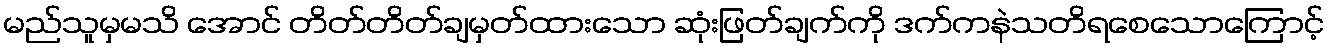
မည်သူမှမသိ အောင် တိတ်တိတ်ချမှတ်ထားသော ဆုံးဖြတ်ချက်ကို ဒက်ကနဲသတိရစေသောကြောင့်